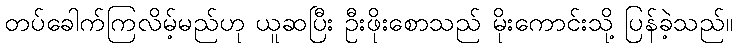
တပ်ခေါက်ကြလိမ့်မည်ဟု ယူဆပြီး ဦးဖိုးစောသည် မိုးကောင်းသို့ ပြန်ခဲ့သည်။